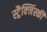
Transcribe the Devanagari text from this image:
स्ट्रैक्जिंस्की